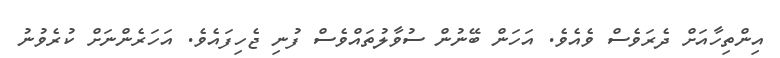
އިންތިހާއަށް ދެރަވެސް ވެއެވެ. އަހަން ބޭނުން ސުވާލުތައްވެސް ފުނި ޖެހިފައެވެ. އަހަރެންނަށް ކުރެވުނު